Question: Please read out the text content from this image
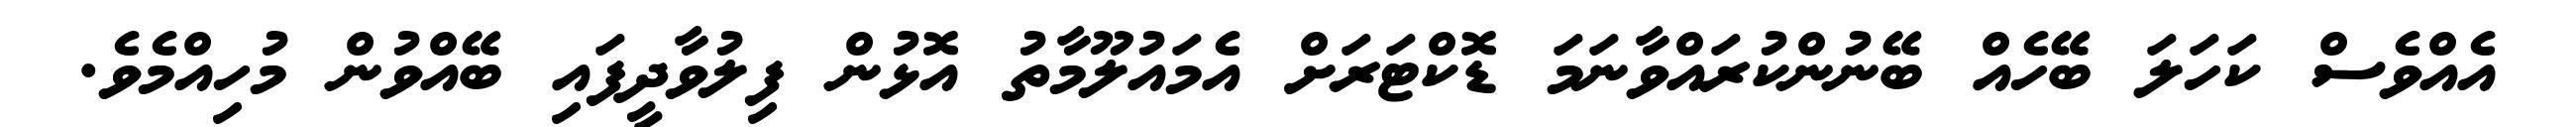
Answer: އެއްވެސް ކަހަލަ ބޭހެއް ބޭނުންކުރައްވާނަމަ ޑޮކްޓަރަށް އެމައުލޫމާތު އޮޅުން ފިލުވާދީފައި ބޭއްވުން މުހިއްމެވެ.